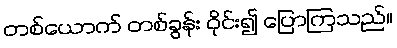
တစ်ယောက် တစ်ခွန်း ဝိုင်း၍ ပြောကြသည်။